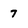
Character: 7